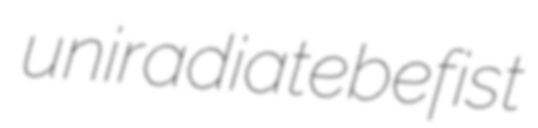
uniradiate befist